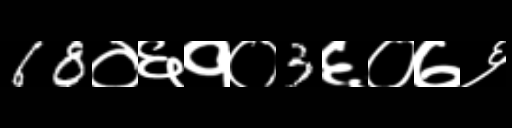
Text: 68०६१०3६०७६